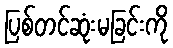
ပြစ်တင်ဆုံးမခြင်းကို